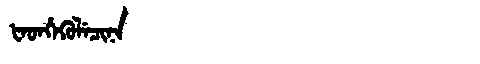
Manchu: ᡶᡝᡨᡥᡝᡴᡠᠯᡝᠴᡳᠨᠠ
Romanization: FETHEKULECINA